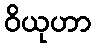
ဝိယုဟာ